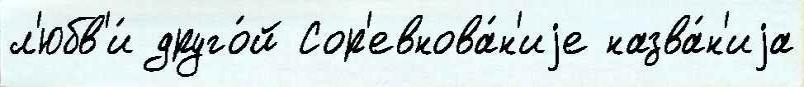
л'юбв'и́ друго́й Сор'евнова́н'иjе назва́н'иjа